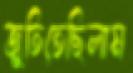
জুতিতেছিলাম